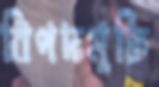
বিপদমুক্তি